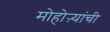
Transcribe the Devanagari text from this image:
मोहोऱ्यांची